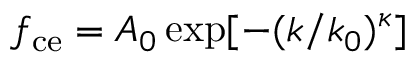
f _ { \mathrm { c e } } = A _ { 0 } \exp [ - ( k / k _ { 0 } ) ^ { \kappa } ]